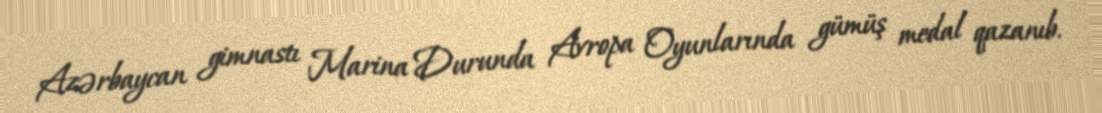
Azərbaycan gimnastı Marina Durunda Avropa Oyunlarında gümüş medal qazanıb.